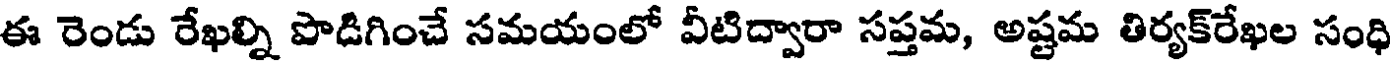
ఈ రెండు రేఖల్ని పొడిగించే సమయంలో వీటిద్వారా సప్తమ, అష్టమ తిర్యక్రేఖల సంధి